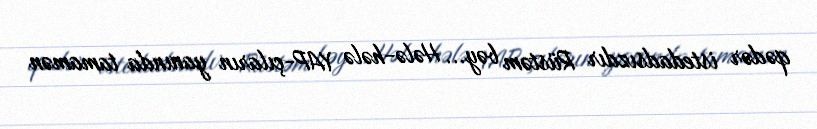
qədər istedadsızdır Rüstəm bəy... Hələ-hələ YAP-çıların yanında tamamən